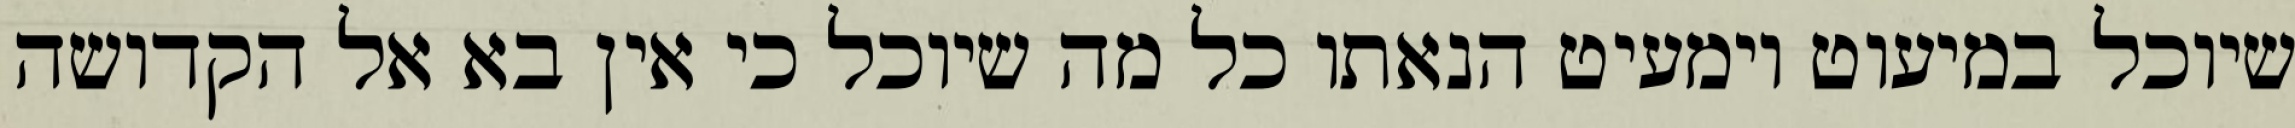
שיוכל במיעוט וימעיט הנאתו כל מה שיוכל כי אין בא אל הקדושה